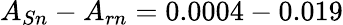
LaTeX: A_{Sn}-A_{rn}=0.0004-0.019